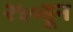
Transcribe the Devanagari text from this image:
२५०हून